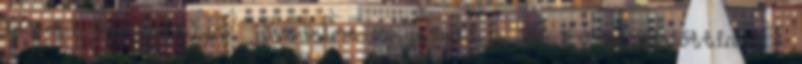
idősebb korosztályok jövedelme magasabb a 35 évvel ezelőttinél -